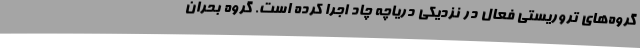
گروه‌های تروریستی فعال در نزدیکی دریاچه چاد اجرا کرده است. گروه بحران